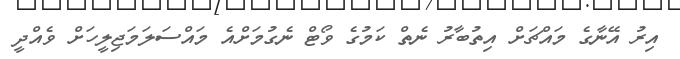
އިރު އޭނާގެ މައްޗަށް އިތުބާރު ނެތް ކަމުގެ ވޯޓް ނެގުމަށްއެ މައްސަލަމަޖިލީހަށް ވެއްދީ